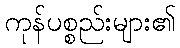
ကုန်ပစ္စည်းများ၏